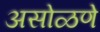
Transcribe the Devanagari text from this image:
असोळणे